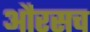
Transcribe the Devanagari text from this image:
औरसच